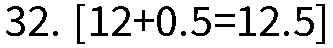
32. [12+0.5=12.5]